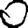
Digit: 0